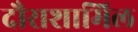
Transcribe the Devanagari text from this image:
दौराशामिल